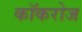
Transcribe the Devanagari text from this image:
कॉकरोज